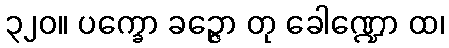
၃၂၀။ ပက္ခော ခဉ္ဇော တု ခေါဏ္ဍော ထ၊